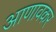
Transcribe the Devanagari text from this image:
आणावकर